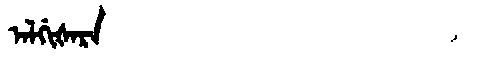
Manchu: ᠠᠯᡤᡳᡧᠠᡵᠠ
Romanization: ALGIŠARA